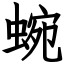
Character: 蜿